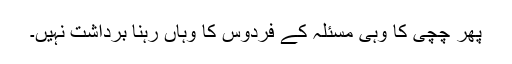
پھر چچی کا وہی مسئلہ کے فردوس کا وہاں رہنا برداشت نہیں۔